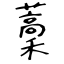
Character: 藳